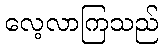
လေ့လာကြသည်